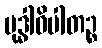
မုဒ္ဓါဓိပါတဉ္စ